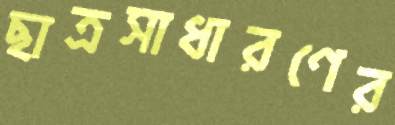
ছাত্রসাধারণের